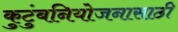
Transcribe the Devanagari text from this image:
कुटुंबनियोजनासाठी